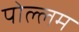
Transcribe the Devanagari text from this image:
पोल्लम